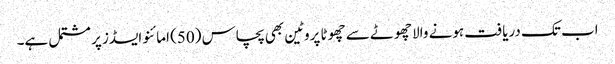
اب تک دریافت ہونے والا چھوٹے سے چھوٹا پروٹین بھی پچاس (50) امائنو ایسڈز پر مشتمل ہے۔